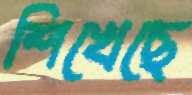
শিখেছে